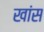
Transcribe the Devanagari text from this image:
खांस